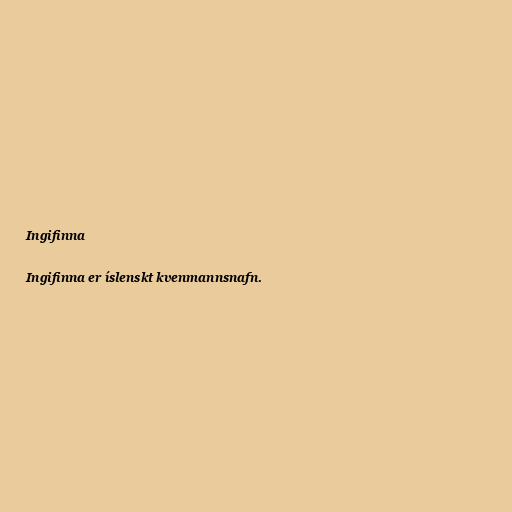
Ingifinna

Ingifinna er íslenskt kvenmannsnafn.